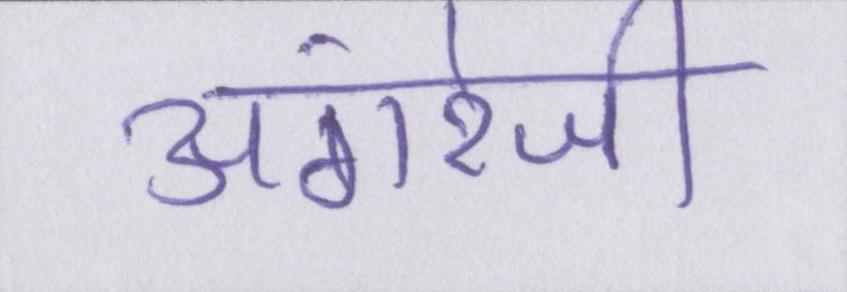
अंगरेजी